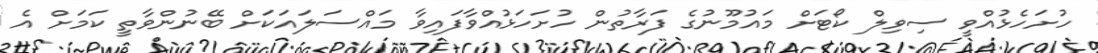
ހުށަހެޅުއްވީ ސިވިލް ކޯޓަށް މައުމޫނުގެ ފަރާތުން ހުށަހަޅުއްވާފައިވާ މައްސަލައަކަށް ބޭނުންވާތީ ކަމަށް އެ